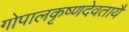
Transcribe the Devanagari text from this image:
गोपालकृष्णदेवतायै